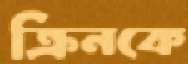
ক্রিনকে